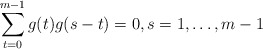
\begin{align*}\sum\limits_{t=0}^{m-1}g(t)g(s-t)=0,s=1,\dots,m-1\end{align*}